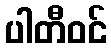
ပါတီဝင်